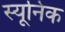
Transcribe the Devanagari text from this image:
स्यूनिक